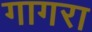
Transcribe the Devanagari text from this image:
गागरा